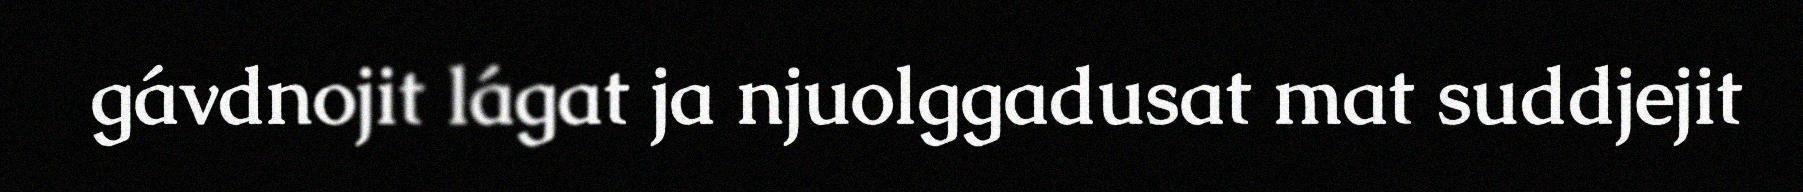
gávdnojit lágat ja njuolggadusat mat suddjejit